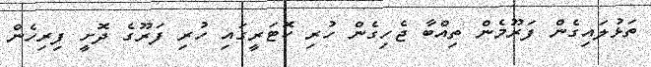
ތަޅުލައިގެން ފަރޫމެން ތިއްބާ ޖެހިގެން ހުރި ކޮޓަރީގައި ހުރި ފަރޫގެ ދޮށީ ފިރިހެން